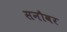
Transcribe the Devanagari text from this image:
सनौवर